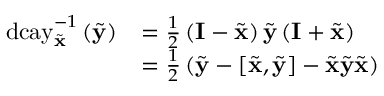
\begin{array} { r l } { \mathrm { d c a y } _ { \tilde { \mathbf { x } } } ^ { - 1 } \left( \tilde { \mathbf { y } } \right) } & { = \frac { 1 } { 2 } \left( \mathbf { I } - \tilde { \mathbf { x } } \right) \tilde { \mathbf { y } } \left( \mathbf { I } + \tilde { \mathbf { x } } \right) } \\ & { = \frac { 1 } { 2 } \left( \tilde { \mathbf { y } } - \left[ \tilde { \mathbf { x } } , \tilde { \mathbf { y } } \right] - \tilde { \mathbf { x } } \tilde { \mathbf { y } } \tilde { \mathbf { x } } \right) } \end{array}